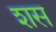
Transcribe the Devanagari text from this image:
शस